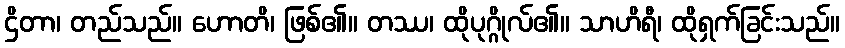
ဌိတာ၊ တည်သည်။ ဟောတိ၊ ဖြစ်၏။ တဿ၊ ထိုပုဂ္ဂိုလ်၏။ သာဟိရီ၊ ထိုရှက်ခြင်းသည်။